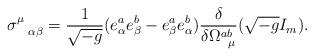
LaTeX: \begin{align*}\sigma^{\mu}_{\hspace{.3 true cm}\alpha \beta} =\frac{1}{\sqrt{-g}}(e^a_{\alpha}e^b_{\beta} - e^a_{\beta}e^b_{\alpha})\frac{\delta}{\delta \Omega^{ab}_{\hspace{.2 true cm}\mu}}(\sqrt{-g} I_m).\end{align*}